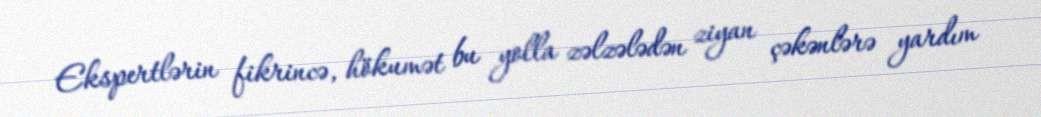
Ekspertlərin fikrincə, hökumət bu yolla zəlzələdən ziyan çəkənlərə yardım